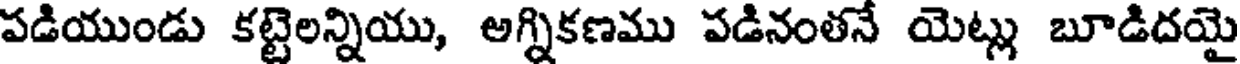
పడియుండు కట్టెలన్నియు, అగ్నికణము పడినంతనే యెట్లు బూడిదయై